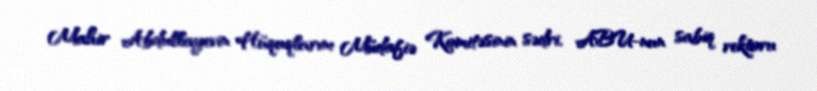
Mahir Abdullayevin Hüquqlarını Müdafiə Komitəsinin sədri, ABU-nun sabiq rektoru